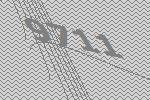
9711